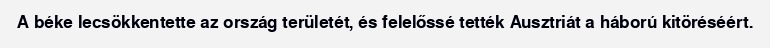
A béke lecsökkentette az ország területét, és felelőssé tették Ausztriát a háború kitöréséért.